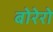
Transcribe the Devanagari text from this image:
बोरेरो